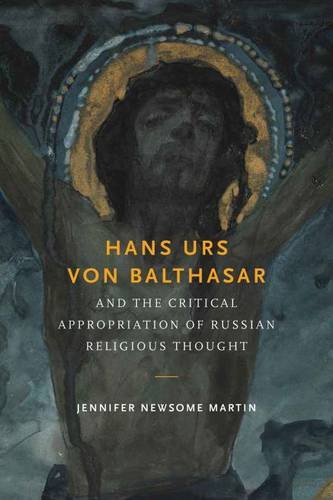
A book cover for Hans Urs von Balthasar and the Critical Appropriation of Russian Religious Thought; Jennifer Newsome Martin; Christian Books & Bibles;